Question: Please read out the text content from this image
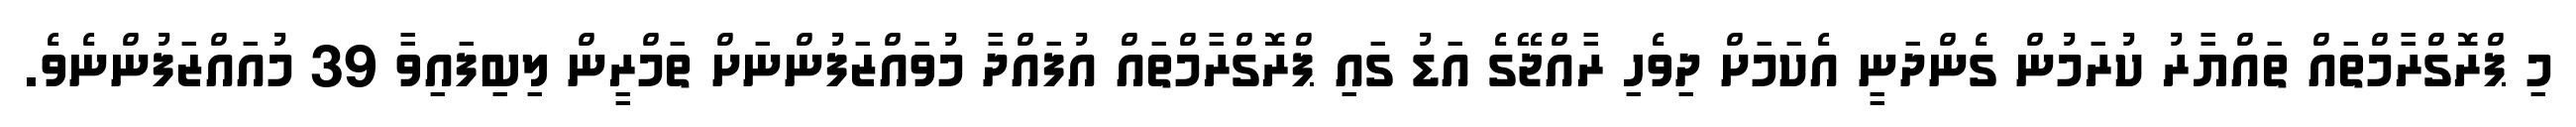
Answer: މި ޕްރޮގްރާމްތައް ތައްޔާރު ކުރަމުން ގެންދަނީ އެކަމަށް ދިވެހި ރާއްޖޭގެ އަޑު ގައި ޕްރޮގްރާމްތައް އުފައްދާ މުވައްޒަފުންނަށް ތަމްރީން ލިބިފައިވާ 39 މުއައްޒަފުންނެވެ.